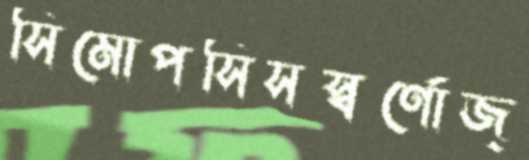
সিমোপসিসস্বর্ণোজ্